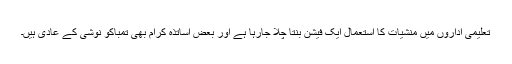
تعلیمی اداروں میں منشیات کا استعمال ایک فیشن بنتا چلا جارہا ہے اور بعض اساتذہ کرام بھی تمباکو نوشی کے عادی ہیں۔